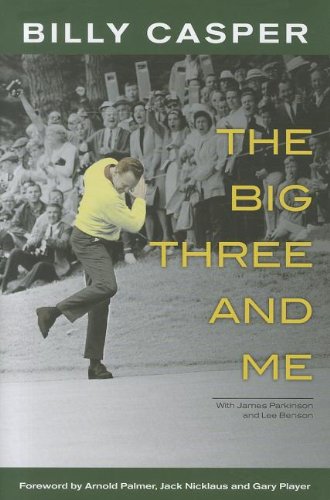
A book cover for The Big Three and Me; Billy Casper; Biographies & Memoirs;